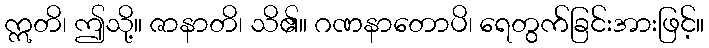
ဣတိ၊ ဤသို့။ ဇာနာတိ၊ သိ၏။ ဂဏနာတောပိ၊ ရေတွက်ခြင်းအားဖြင့်။